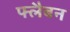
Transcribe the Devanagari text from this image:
फ्लैबन